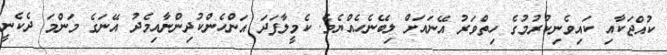
ކުއްޖަކާއި ކައިވެނިކުރުމުގެ ހިތްވަރު އޭނައަށް ލިބޭނެހެއްޔެވެ. ކެމީލާފަދަ އަންހެންކުދިންނާއިމެދު އޭނަގެ މަންމަ ދެކެނީ